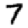
Digit: 7